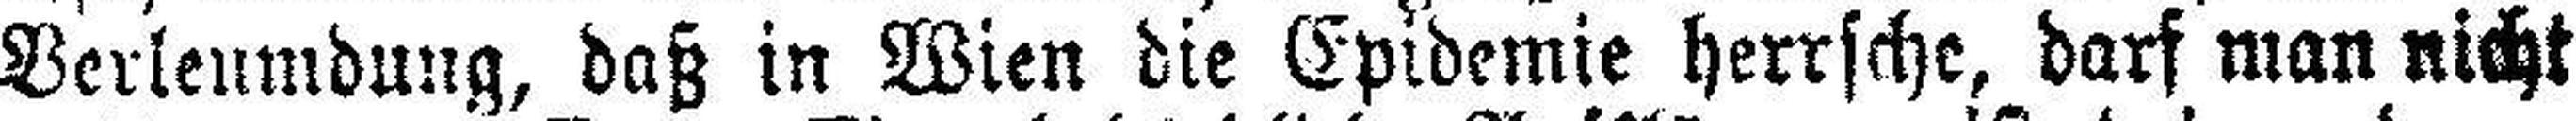
Verleumdung, daß in Wien die Epidemie herrsche, darf man nicht